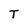
Character: T